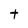
Character: t